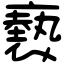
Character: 褻